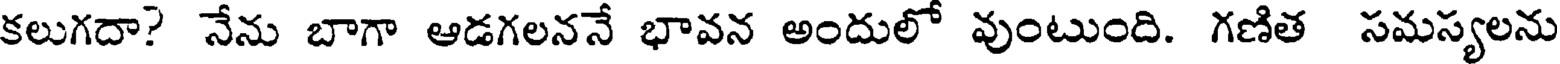
కలుగదా? నేను బాగా ఆడగలననే భావన అందులో వుంటుంది. గణిత సమస్యలను